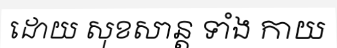
ដោយ សុខសាន្ត ទាំង កាយ